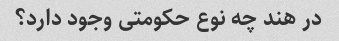
در هند چه نوع حکومتی وجود دارد؟